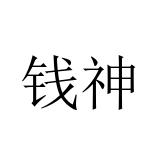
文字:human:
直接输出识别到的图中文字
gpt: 钱神